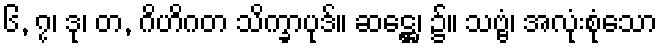
၆, ၇၊ ဒု၊ တ, ဂိဟိဂတ သိက္ခာပုဒ်။ ဆဋ္ဌေ၊ ၌။ သဗ္ဗံ၊ အလုံးစုံသော